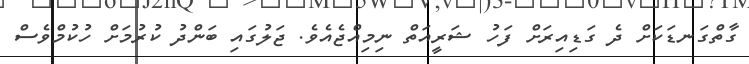
ގާތްގަނޑަކަށް ދެ ގަޑިއިރަށް ފަހު ޝަރީއަތް ނިމިއްޖެއެވެ. ޖަލުގައި ބަންދު ކުރުމަށް ހުކުމްވެސް